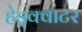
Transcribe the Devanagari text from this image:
हेड्क्वाटर